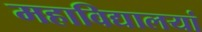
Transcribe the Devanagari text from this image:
महाविद्यालयां